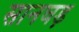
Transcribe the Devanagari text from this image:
सानघड़